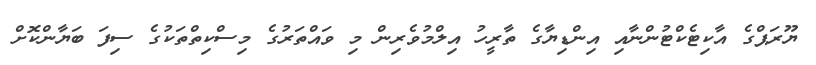
ޔޫރަޕްގެ އާކިޓެކްޓުންނާއި އިންޑިޔާގެ ތާރީހު އިލްމުވެރިން މި ވައްތަރުގެ މިސްކިތްތަކުގެ ސިފަ ބަޔާންކޮށް